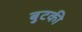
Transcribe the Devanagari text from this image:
बुटकी